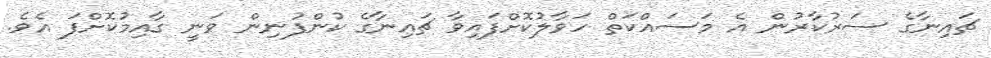
ޗައިނާގެ ސަރުކާރުން އެ މަސައްކަތް ހަވާލުކޮށްފައިވާ ޗައިނާގެ ކުންފުނިން ވަނީ ގާއިމުކޮށްފަ އެވެ.